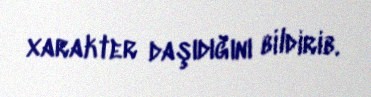
xarakter daşıdığını bildirib.